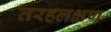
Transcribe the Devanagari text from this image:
तरहलक्षण